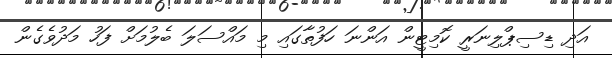
އަދި ޑިސިޕްލިނަރީ ކޮމިޓީން އަންނަ ހަފުތާގައި މި މައްސަލަ ބެލުމަށް ފަހު މަދުވެގެން